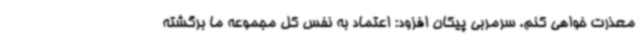
معذرت خواهی کنم. سرمربی پیکان افزود: اعتماد به نفس کل مجموعه ما برگشته